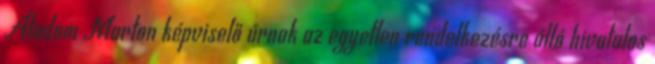
Átadom Marton képviselő úrnak az egyetlen rendelkezésre álló hivatalos